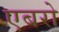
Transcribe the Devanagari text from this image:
एबरो